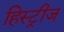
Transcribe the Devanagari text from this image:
हिस्ट्रीज